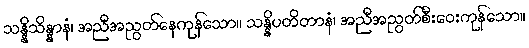
သန္နိသိန္နာနံ၊ အညီအညွတ်နေကုန်သော။ သန္နိပတိတာနံ၊ အညီအညွတ်စီးဝေးကုန်သော။